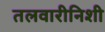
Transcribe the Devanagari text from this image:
तलवारीनिशी